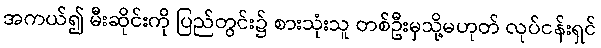
အကယ်၍ မီးဆိုင်းကို ပြည်တွင်း၌ စားသုံးသူ တစ်ဦးမှသို့မဟုတ် လုပ်ငန်းရှင်